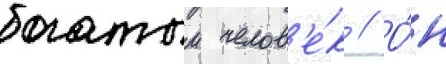
богатыи челов'е́к // О́н